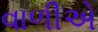
વાળીએ